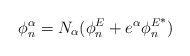
\begin{align*} \phi^\alpha_n = N_\alpha(\phi^E_n+e^\alpha{\phi_n^E}^*)\end{align*}